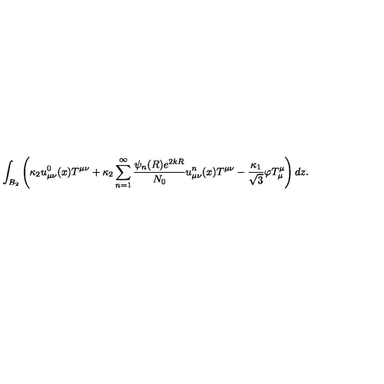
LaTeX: \int _ { B _ { 2 } } \left( \kappa _ { 2 } u _ { \mu \nu } ^ { 0 } ( x ) T ^ { \mu \nu } + \kappa _ { 2 } \sum _ { n = 1 } ^ { \infty } \frac { \psi _ { n } ( R ) e ^ { 2 k R } } { N _ { 0 } } u _ { \mu \nu } ^ { n } ( x ) T ^ { \mu \nu } - \frac { \kappa _ { 1 } } { \sqrt { 3 } } \varphi T _ { \mu } ^ { \mu } \right) d z .